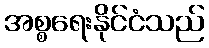
အစ္စရေးနိုင်ငံသည်